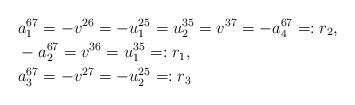
LaTeX: \begin{align*}&a_1^{67}=-v^{26}=-u_1^{25}=u_2^{35}=v^{37}=-a_4^{67}=:r_2,\\&-a_2^{67}=v^{36}=u_1^{35}=:r_1,\\&a_3^{67}=-v^{27}=-u_2^{25}=:r_3\end{align*}